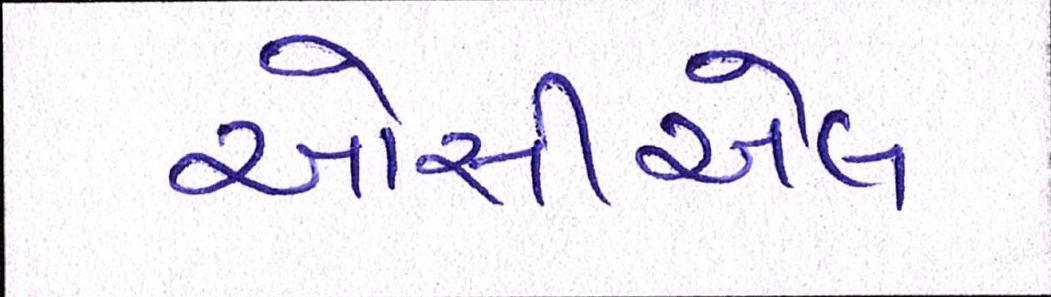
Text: ઓસીએલ